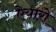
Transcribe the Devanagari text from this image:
ऐयारो